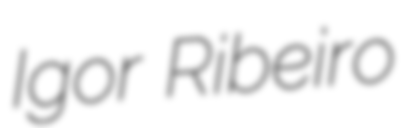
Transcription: Igor Ribeiro